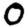
Digit: 0